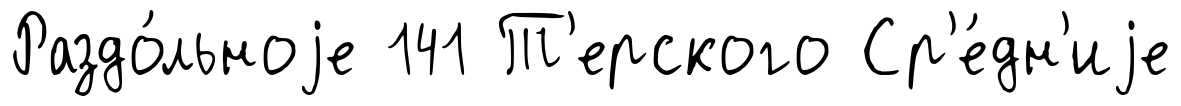
Раздо́льноjе 141 Т'ерского Ср'е́дн'иjе